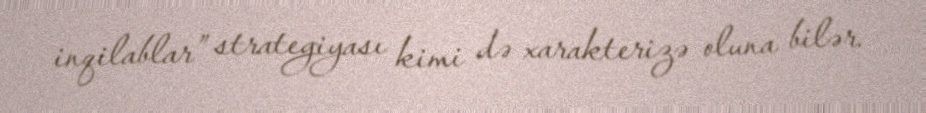
inqilablar” strategiyası kimi də xarakterizə oluna bilər.